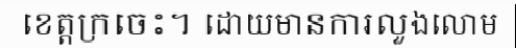
ខេត្តក្រចេះ។ ដោយមានការលួងលោម